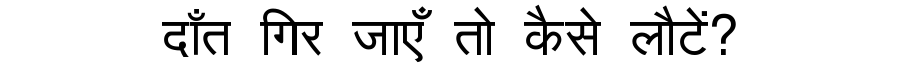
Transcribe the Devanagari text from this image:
दाँत गिर जाएँ तो कैसे लौटें?